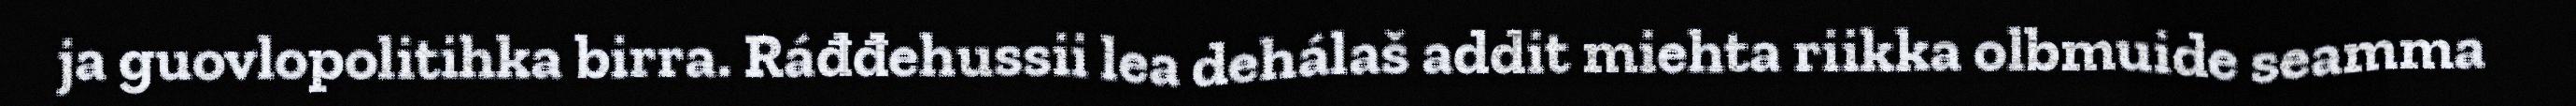
ja guovlopolitihka birra. Ráđđehussii lea dehálaš addit miehta riikka olbmuide seamma